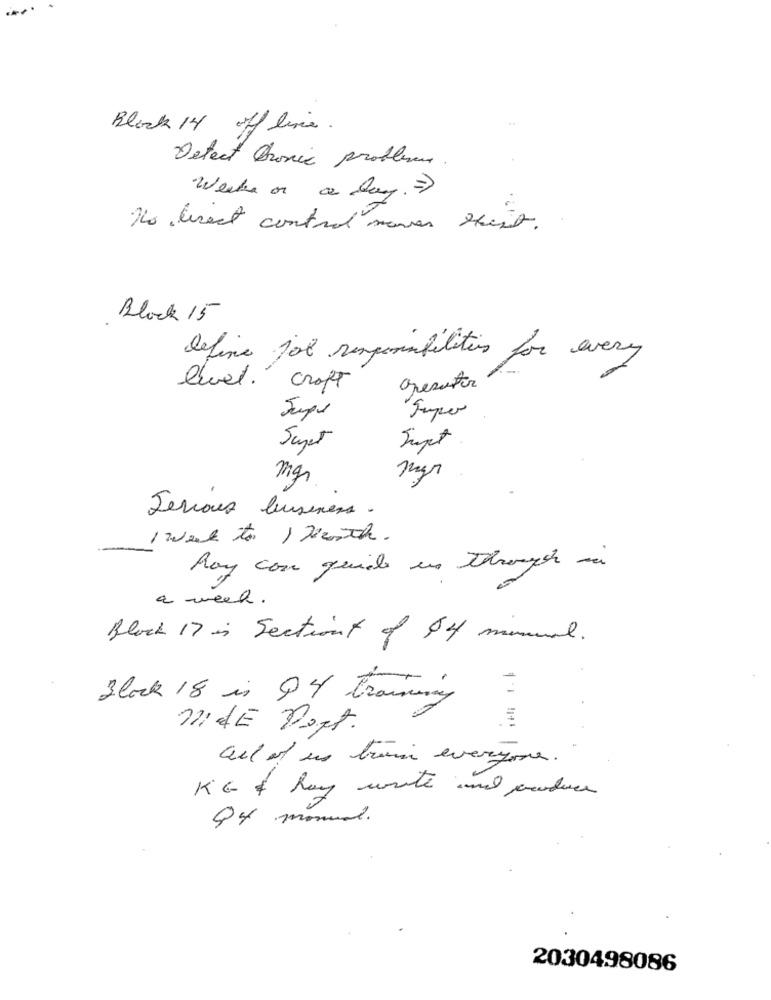
Black 14 off live.
Detect Bionic problems
Welke or a day. = >
No direct control moves shist.
Block 15
define for responsibilities for every
Quel. croft
Operator
Jupe
Super
Sujet
Supt
mgs
Serious business .
1 week to I Justh.
hoy com quide us Through
a week .
Block 17 in Sectiont of 44 minund.
Block 18 in 94 training
NIE Port.
1 1 11+1
all of un train everyone.
KG & hay write and produce
Q4 monual.
2030498086